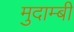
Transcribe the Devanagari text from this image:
मुदाम्बी